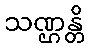
သဏ္ဌန္တိ